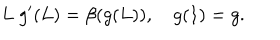
L \; g ^ { \prime } ( L ) = \beta ( g ( L ) ) , \quad g ( 1 ) = g .